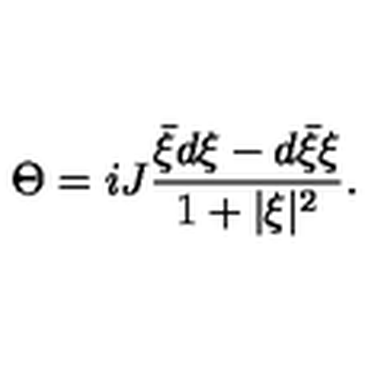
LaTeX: \Theta = i J \frac { { \bar { \xi } } d \xi - d { \bar { \xi } } \xi } { 1 + \vert \xi \vert ^ { 2 } } .